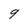
Character: 9